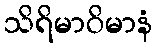
သိရိမာဝိမာနံ